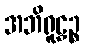
အဘိရူဠှဉ္စ